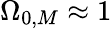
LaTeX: \Omega_{0,M}\approx 1